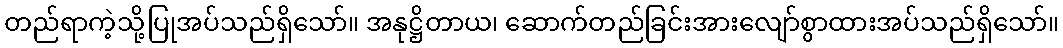
တည်ရာကဲ့သို့ပြုအပ်သည်ရှိသော်။ အနုဋ္ဌိတာယ၊ ဆောက်တည်ခြင်းအားလျော်စွာထားအပ်သည်ရှိသော်။